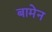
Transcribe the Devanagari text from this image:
बामेन